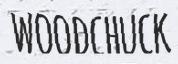
WOODCHUCK